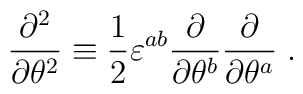
\frac{\partial^2}{\partial\theta^2}\equiv\frac{1}{2}\varepsilon^{ab} \frac{\partial}{\partial\theta^b}\frac{\partial}{\partial\theta^a}\;.